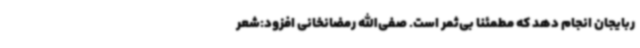
ربایجان انجام دهد که مطمئنا بی‌ثمر است. صفی‌الله رمضانخانی افزود:شعر